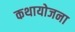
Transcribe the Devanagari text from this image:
कथायोजना